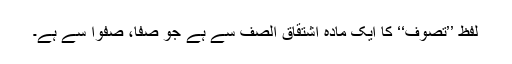
لفظِ ’’تصوف‘‘ کا ایک مادہ اشتقاق الصَّف سے ہے جو صَفَا، صَفْوًا سے ہے۔